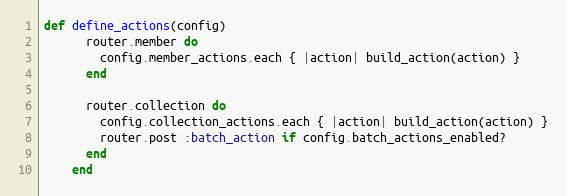
Language: Ruby
def define_actions(config)
      router.member do
        config.member_actions.each { |action| build_action(action) }
      end

      router.collection do
        config.collection_actions.each { |action| build_action(action) }
        router.post :batch_action if config.batch_actions_enabled?
      end
    end